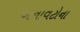
બનાવટોના